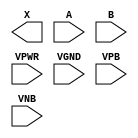
module sky130_fd_sc_ms__xor2 (
    X   ,
    A   ,
    B   ,
    VPWR,
    VGND,
    VPB ,
    VNB
);

    output X   ;
    input  A   ;
    input  B   ;
    input  VPWR;
    input  VGND;
    input  VPB ;
    input  VNB ;
endmodule